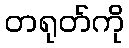
တရုတ်ကို